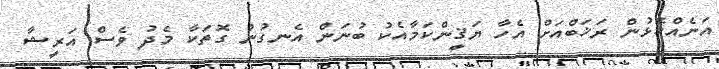
އަނެއްކޮޅުން ރަޚަބްއަށް އެހާ ޔަޤީންކަމާއެކު ބުނަން އެނގުނު ގޮތަކާ މެދު ވެސް އަރީޝާ